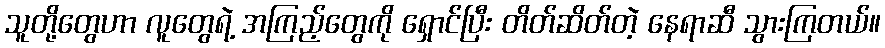
သူတို့တွေဟာ လူတွေရဲ့ အကြည့်တွေကို ရှောင်ပြီး တိတ်ဆိတ်တဲ့ နေရာဆီ သွားကြတယ်။